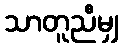
သာတူညီမျှ